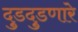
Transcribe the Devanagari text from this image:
दुडदुडणारे